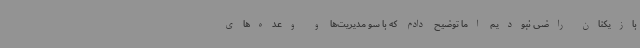
بازیکنان راضی نبودیم اما توضیح دادم که با سو مدیریت‌ها و وعده‌های